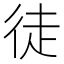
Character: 徒